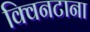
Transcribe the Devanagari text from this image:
क्विनटाना